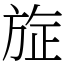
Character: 㫌